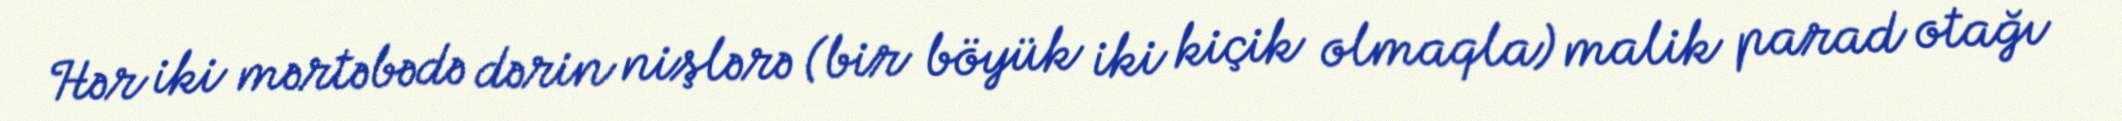
Hər iki mərtəbədə dərin nişlərə (bir böyük iki kiçik olmaqla) malik parad otağı